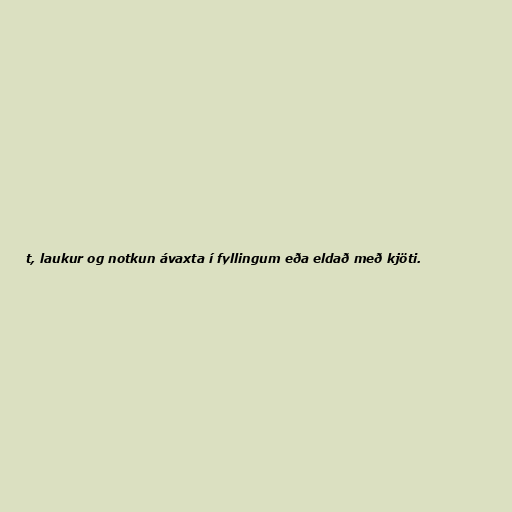
t, laukur og notkun ávaxta í fyllingum eða eldað með kjöti.